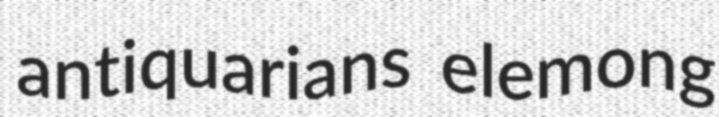
antiquarians elemong